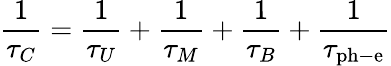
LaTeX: {\frac{1}{\tau_{C}}}={\frac{1}{\tau_{U}}}+{\frac{1}{\tau_{M}}}+{\frac{1}{\tau_{B}}}+{\frac{1}{\tau_{\mathrm{ph-e}}}}